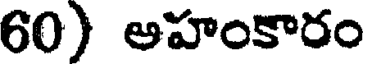
60) అహంకారం